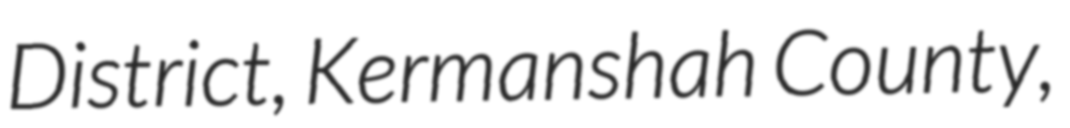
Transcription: District, Kermanshah County,